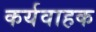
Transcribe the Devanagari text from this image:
कर्यवाहक